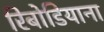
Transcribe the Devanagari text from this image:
रिबोडियाना